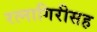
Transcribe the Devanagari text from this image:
रत्नागिरीसह